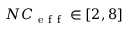
N C _ { \mathrm { ~ e ~ f ~ f ~ } } \in [ 2 , 8 ]